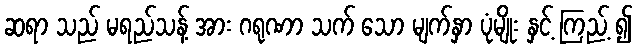
ဆရာ သည် မရည်သန့် အား ဂရုဏာ သက် သော မျက်နှာ ပုံမျိုး နှင့် ကြည့် ၍